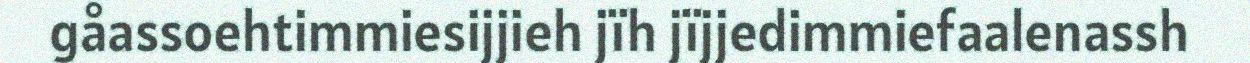
gåassoehtimmiesijjieh jïh jïjjedimmiefaalenassh